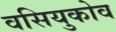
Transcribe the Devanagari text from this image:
वसियुकोव